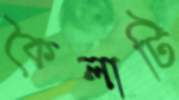
কৈলাটি